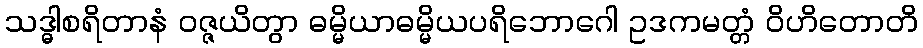
သဒ္ဓါစရိတာနံ ဝဇ္ဇယိတွာ ဓမ္မိယာဓမ္မိယပရိဘောဂေါ ဥဒကမတ္တံ ဝိဟိတောတိ